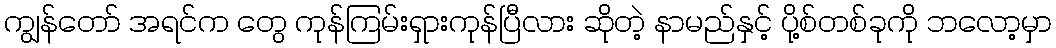
ကျွန်တော် အရင်က တွေ ကုန်ကြမ်းရှားကုန်ပြီလား ဆိုတဲ့ နာမည်နှင့် ပို့စ်တစ်ခုကို ဘလော့မှာ